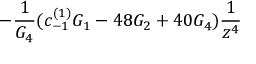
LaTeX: - \frac { 1 } { G _ { 4 } } ( c _ { - 1 } ^ { ( 1 ) } G _ { 1 } - 4 8 G _ { 2 } + 4 0 G _ { 4 } ) \frac { 1 } { z ^ { 4 } }